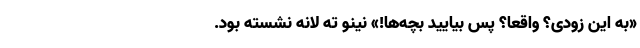
«به این زودی؟ واقعاً؟ پس بیایید بچّه‌ها!» نینو ته لانه نشسته بود.